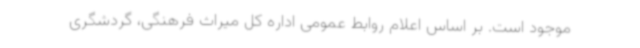
موجود است. بر اساس اعلام روابط عمومی اداره کل میراث فرهنگی، گردشگری